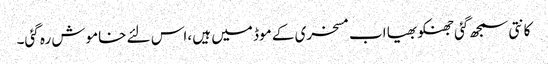
کانتی سمجھ گئی جھنکو بھیا اب مسخری کے موڈ میں ہیں ،اس لئے خاموش رہ گئی۔